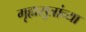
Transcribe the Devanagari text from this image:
गृह्यसूत्रांच्या